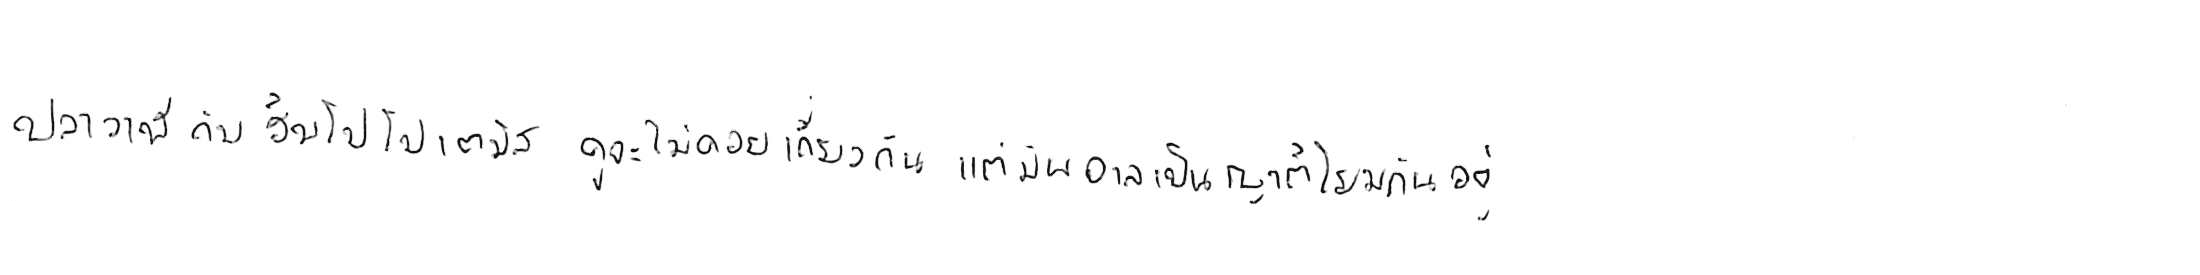
ปลาวาฬ กับ ฮิปโปโปเตมัส ดูจะไม่ค่อยเกี่ยวกัน แต่มันอาจเป็นญาติโยมกันอยู่